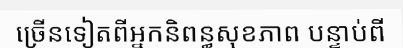
ច្រើនទៀតពីអ្នកនិពន្ធសុខភាព បន្ទាប់ពី